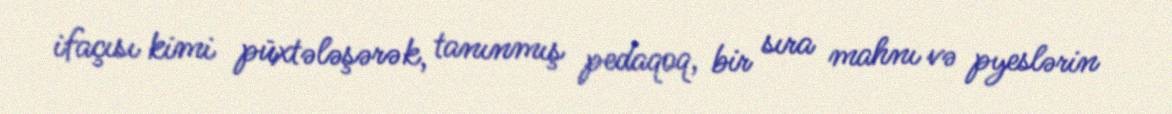
ifaçısı kimi püxtələşərək, tanınmış pedaqoq, bir sıra mahnı və pyeslərin